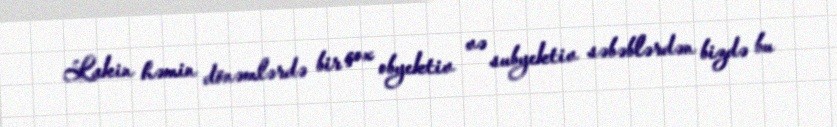
Lakin həmin dönəmlərdə bir çox obyektiv və subyektiv səbəblərdən bizdə bu